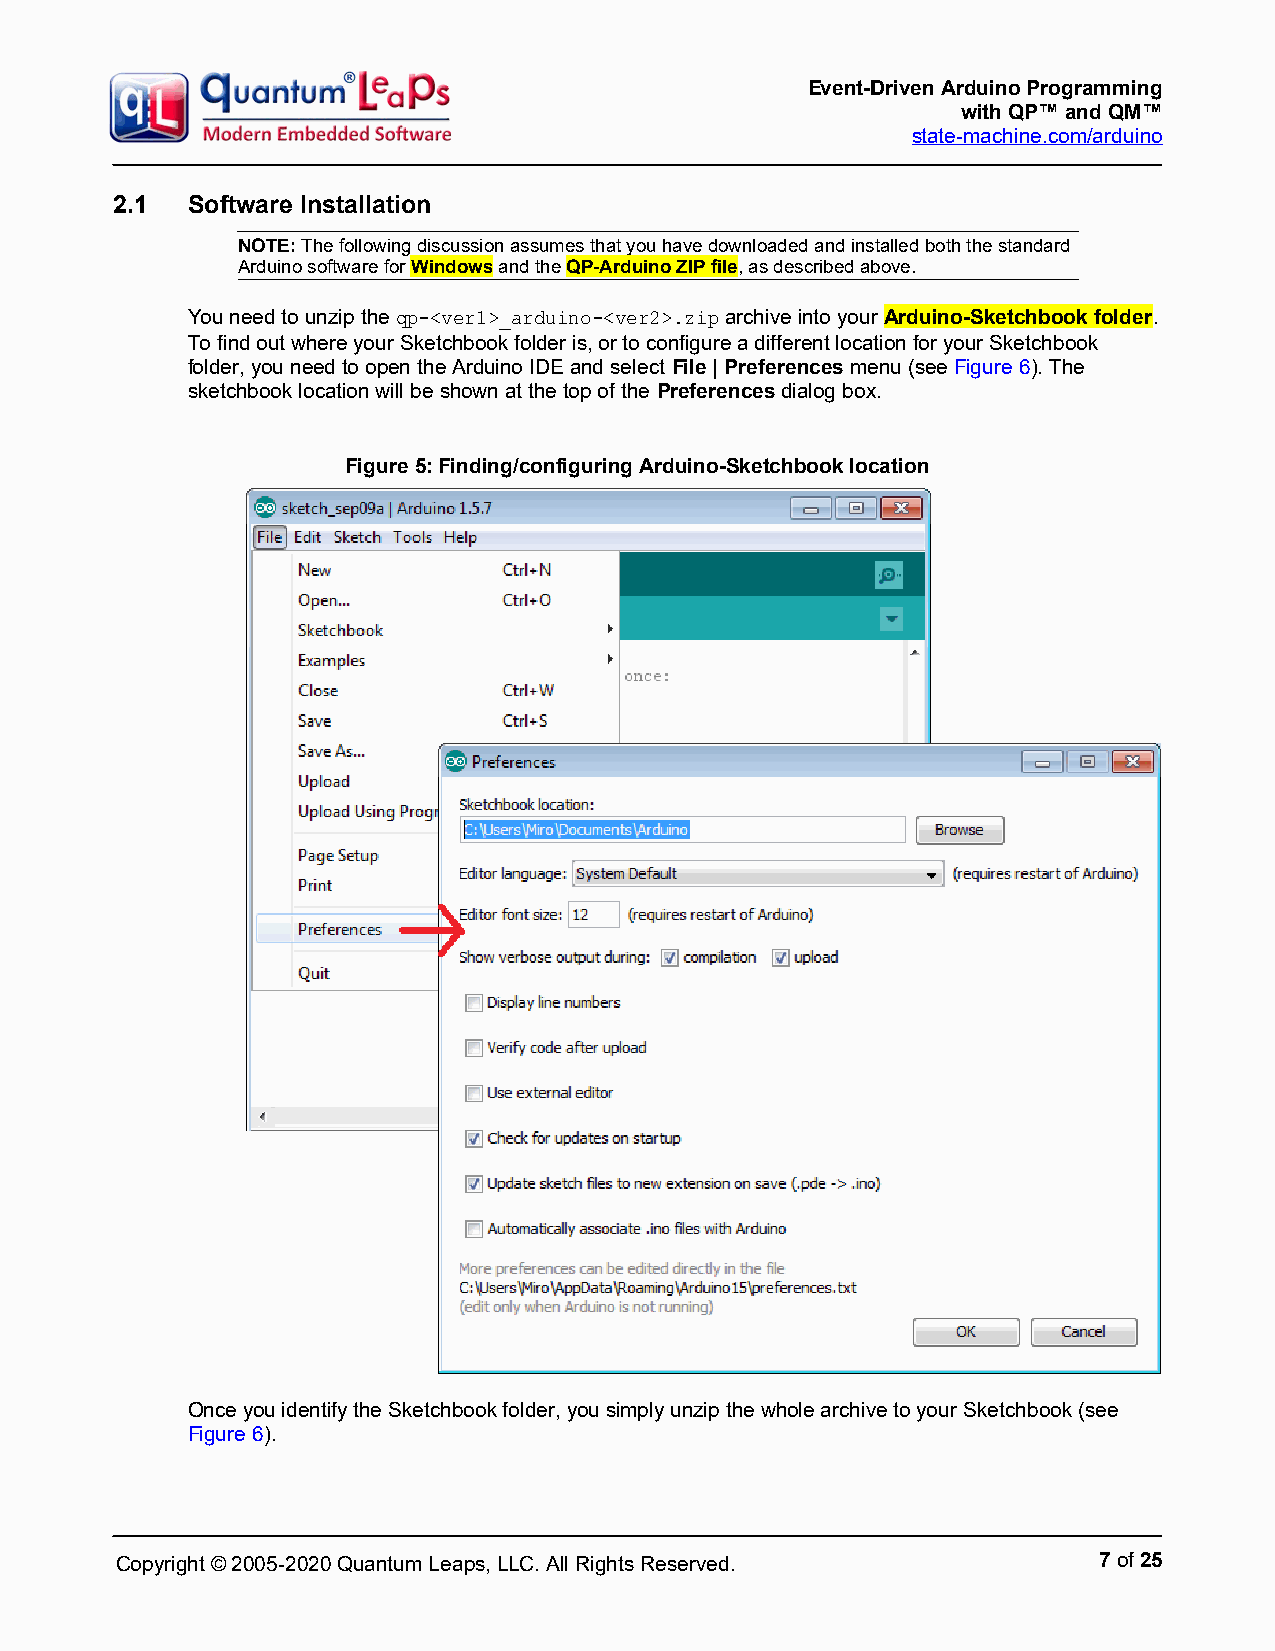
Event-Driven Arduino Programming
 with QP™ and QM™
 state-machine.com/arduino
 2.1  Software Installation
 NOTE: The following discussion assumes that you have downloaded and installed both the standard
 Arduino software for Windows and the QP-Arduino ZIP file, as described above.
 You need to unzip the qp-<ver1>_arduino-<ver2>.zip archive into your Arduino-Sketchbook folder.
 To find out where your Sketchbook folder is, or to configure a different location for your Sketchbook
 folder, you need to open the Arduino IDE and select File | Preferences menu (see Figure 6). The
 sketchbook location will be shown at the top of the Preferences dialog box.
 Figure 5: Finding/configuring Arduino-Sketchbook location
 Once you identify the Sketchbook folder, you simply unzip the whole archive to your Sketchbook (see
 Figure 6).
 Copyright © 2005-2020 Quantum Leaps, LLC. All Rights Reserved.   7 of 25